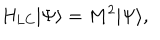
H _ { \mathrm { L C } } | \Psi \rangle = M ^ { 2 } | \Psi \rangle ,